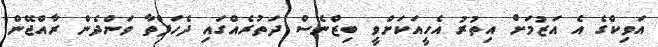
އަވިކްގެ އެ އަޒުމަށް އިތުރު އެހީއަކަށްވީ ބިޒްނެސް ދަތުރެއްގައި ދެހަފްތާ ވަންދެން ރާއްޖޭން